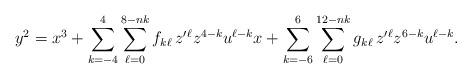
LaTeX: \begin{align*}y^2=x^3+\sum_{k=-4}^{4}\sum_{\ell=0}^{8-nk} f_{k\ell}\,z'{}^\ell z^{4-k}u^{\ell-k}x+\sum_{k=-6}^{6}\sum_{\ell=0}^{12-nk} g_{k\ell}\,z'{}^\ell z^{6-k}u^{\ell-k}.\end{align*}